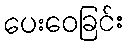
ပေးဝေခြင်း